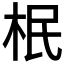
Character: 𣐡